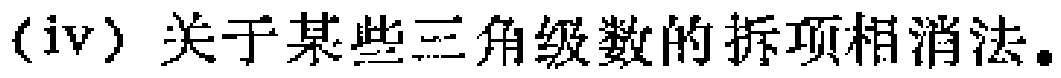
(iv) 关于某些三角级数的拆项相消法。